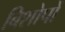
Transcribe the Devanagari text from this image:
बिशोपों